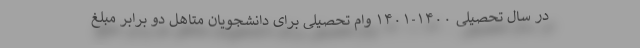
در سال تحصیلی ۱۴۰۰-۱۴۰۱ وام تحصیلی برای دانشجویان متاهل دو برابر مبلغ